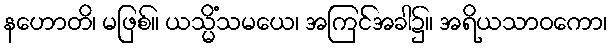
နဟောတိ၊ မဖြစ်။ ယသ္မိံသမယေ၊ အကြင်အခါ၌။ အရိယသာဝကော၊